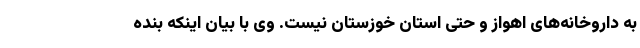
به داروخانه‌های اهواز و حتی استان خوزستان نیست. وی با بیان اینکه بنده